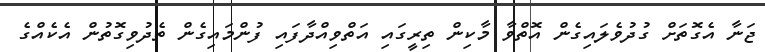
ޖަނާ އެގޮތަށް ގުދުވެލައިގެން އޮތްވާ މާކިން ތިރީގައި އަތްވިއްދާފައި ފުންމައިގެން ތެދުވިގޮތުން އެކެއްގެ